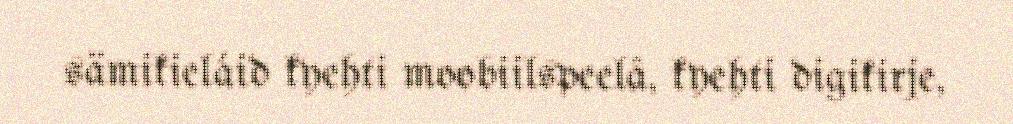
sämikieláid kyehti moobiilspeelâ, kyehti digikirje,